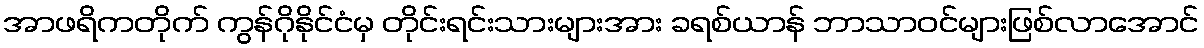
အာဖရိကတိုက် ကွန်ဂိုနိုင်ငံမှ တိုင်းရင်းသားများအား ခရစ်ယာန် ဘာသာဝင်များဖြစ်လာအောင်